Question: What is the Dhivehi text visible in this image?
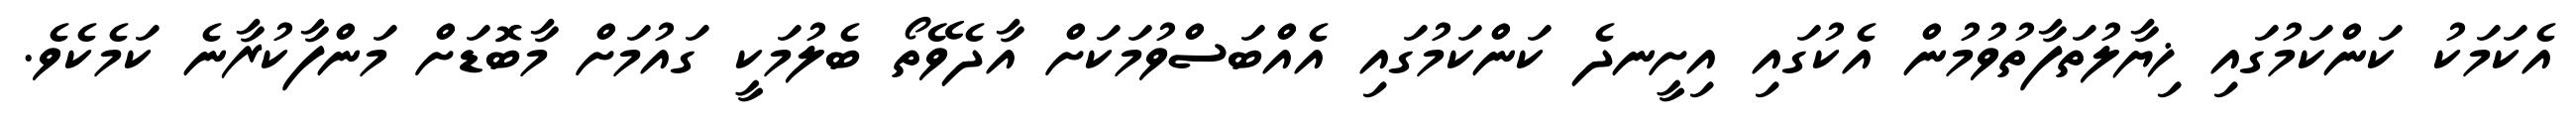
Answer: އެކަމަކު ކަންކަމުގައި ޚިޔާލުތަފާތުވުމުން އެކުގައި އިށީނދެ ކަންކަމުގައި އެއްބަސްވުމަކަށް އާދެވޭތޯ ބެލުމަކީ ގައުމަށް މާބޮޑަށް މަންފާކުރާނެ ކަމެކެވެ.